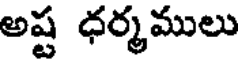
అష్ట ధర్మములు